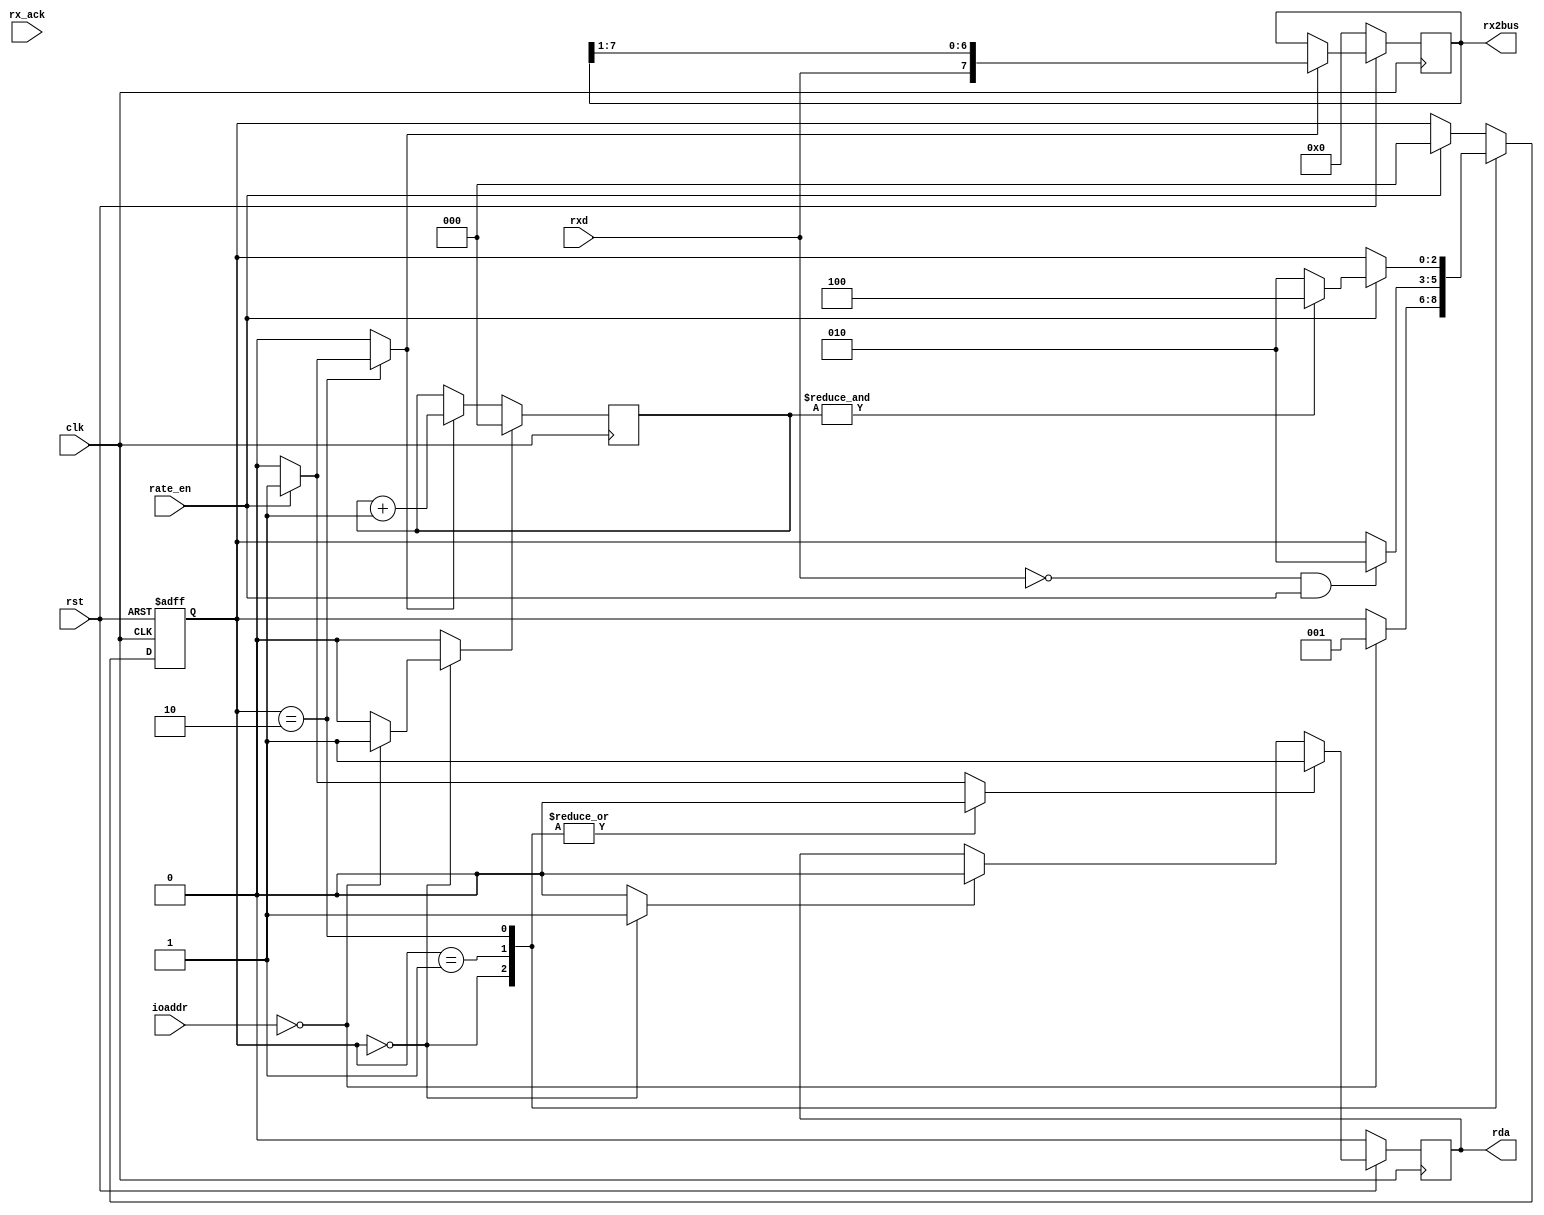
module rx(
	input clk,
	input rst,
	//input iocs,
    //input iorw,
    input rxd,
    input rate_en,
	input [1:0] ioaddr,
    input [7:0] rx_ack,

    output reg rda,
    output reg [7:0] rx2bus
    ); 

    parameter IO_XFER=2'b00, REG_RD=2'b01, LD_DIV_LO=2'b10, LD_DIV_HI=2'b11;
	parameter WAIT=3'b000, START_L=3'b001, DATA=3'b010, STOP=3'b100; 

    reg [2:0] state;
	reg [2:0] nxt_state;    

	reg shift;  		//if need to shift bit
	reg rst_per; 		//if need to reset period 
	reg clr_bit_cnt;	//clear bit counter
	reg inc_bit_cnt;	//inc bit counter
    reg set_rdy;		//ready!
    reg clr_rdy;
    reg [2:0] bit_cnt;

    //state register
	always @ (posedge clk or negedge rst) begin
		if(!rst)
			state = WAIT;
		else
			state = nxt_state;
	end
		

	//RX shift register
	always @ (posedge clk)
		if (!rst)
	    rx2bus <= 8'h00;
	  else if (shift)
	    rx2bus <= {rxd,rx2bus[7:1]};
	
	
	//bit counter 
	always @ (posedge clk)
	  if (clr_bit_cnt)
	    bit_cnt <= 3'b000;
	  else if (inc_bit_cnt)
	    bit_cnt <= bit_cnt + 3'b001;

	//rdy flop //
	always @ (posedge clk)
		if (!rst)
	    rda <= 1'b0;
	  else if (set_rdy)
	    rda <= 1'b1;
	  else if (clr_rdy)
	    rda <= 1'b0;

    //RX SM
	always@(*) begin
		//Set defaults
		shift = 1'b0;
		rst_per = 1'b0;
		clr_bit_cnt = 1'b0;
		inc_bit_cnt = 1'b0;
		set_rdy = 1'b0;
		clr_rdy = 1'b0;
		nxt_state = state;
		
		case (state)
		  WAIT: begin
		    clr_rdy = 1'b1;
            if(ioaddr == IO_XFER) begin
                //clr_rdy = 1'b1;
                clr_bit_cnt = 1'b1;
                nxt_state = START_L;
            end
          end
	 	  START_L : begin //Looking for the start bit
		    if ((rxd == 1'b0) && rate_en) begin
			  nxt_state = DATA;
			end /*else if(RX == 1'b1) begin
				nxt_state = IDLE;
		  end*/ 
		  //shrink it for size
		  end
		  DATA : begin //recieving
		   if (rate_en) begin
				inc_bit_cnt = 1'b1;
				shift = 1'b1;
				nxt_state = (&bit_cnt)?STOP:DATA;
			 end
		  end
          default: begin //same as stop, wait for a period for the stop bit
          	if (rate_en) begin
			  nxt_state = WAIT;
              set_rdy = 1'b1;
          	end
		  end
		endcase
	end
endmodule